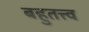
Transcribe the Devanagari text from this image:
बहुतत्त्व